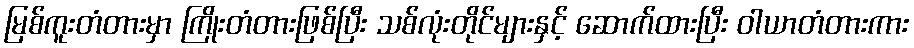
မြစ်ကူးတံတားမှာ ကြိုးတံတားဖြစ်ပြီး သစ်လုံးတိုင်များနှင့် ဆောက်ထားပြီး ဝါယာတံတားကား